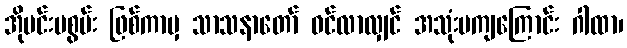
အိုမင်းမစွမ်း ဖြစ်ကာမှ သာသနာတော် ဝင်လာလျှင် အသုံးမကျကြောင်း ဂါထာ၊